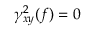
\gamma _ { x y } ^ { 2 } ( f ) = 0